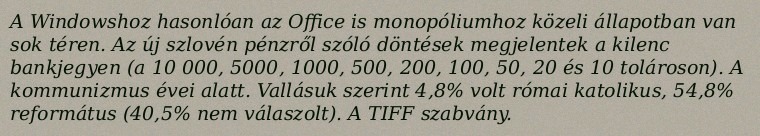
A Windowshoz hasonlóan az Office is monopóliumhoz közeli állapotban van sok téren. Az új szlovén pénzről szóló döntések megjelentek a kilenc bankjegyen (a 10 000, 5000, 1000, 500, 200, 100, 50, 20 és 10 tolároson). A kommunizmus évei alatt. Vallásuk szerint 4,8% volt római katolikus, 54,8% református (40,5% nem válaszolt). A TIFF szabvány.